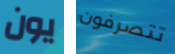
يون تتصرفون